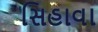
સિહાવા